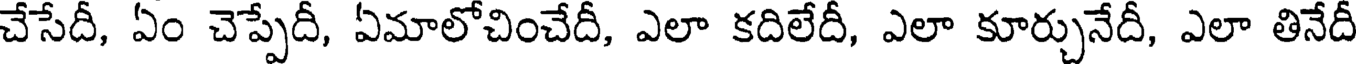
చేసేదీ, ఏం చెప్పేదీ, ఏమాలోచించేదీ, ఎలా కదిలేదీ, ఎలా కూర్చునేదీ, ఎలా తినేదీ